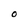
Character: 0